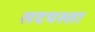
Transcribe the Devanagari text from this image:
सदयस्ता